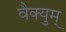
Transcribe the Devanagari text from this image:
वैक्युम्